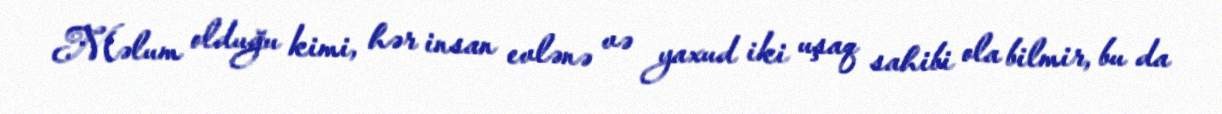
Məlum olduğu kimi, hər insan evlənə və yaxud iki uşaq sahibi ola bilmir, bu da